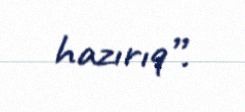
hazırıq”.